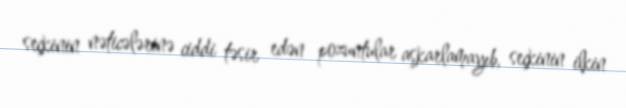
seçkinin nəticələrinə ciddi təsir edən pozuntular aşkarlamayıb, seçkinin ilkin